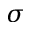
\sigma